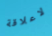
لاعلاقة